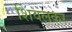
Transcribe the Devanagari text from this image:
शिवलकर